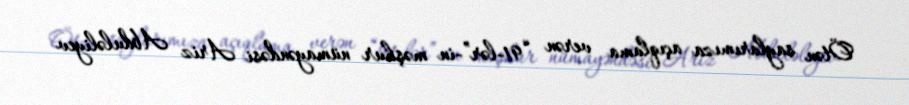
Ötən saylarımıza açıqlama verən “91-lər”-in məşhur nümayəndəsi Ariz Abduləliyev